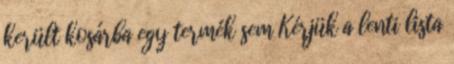
került kosárba egy termék sem Kérjük a lenti lista